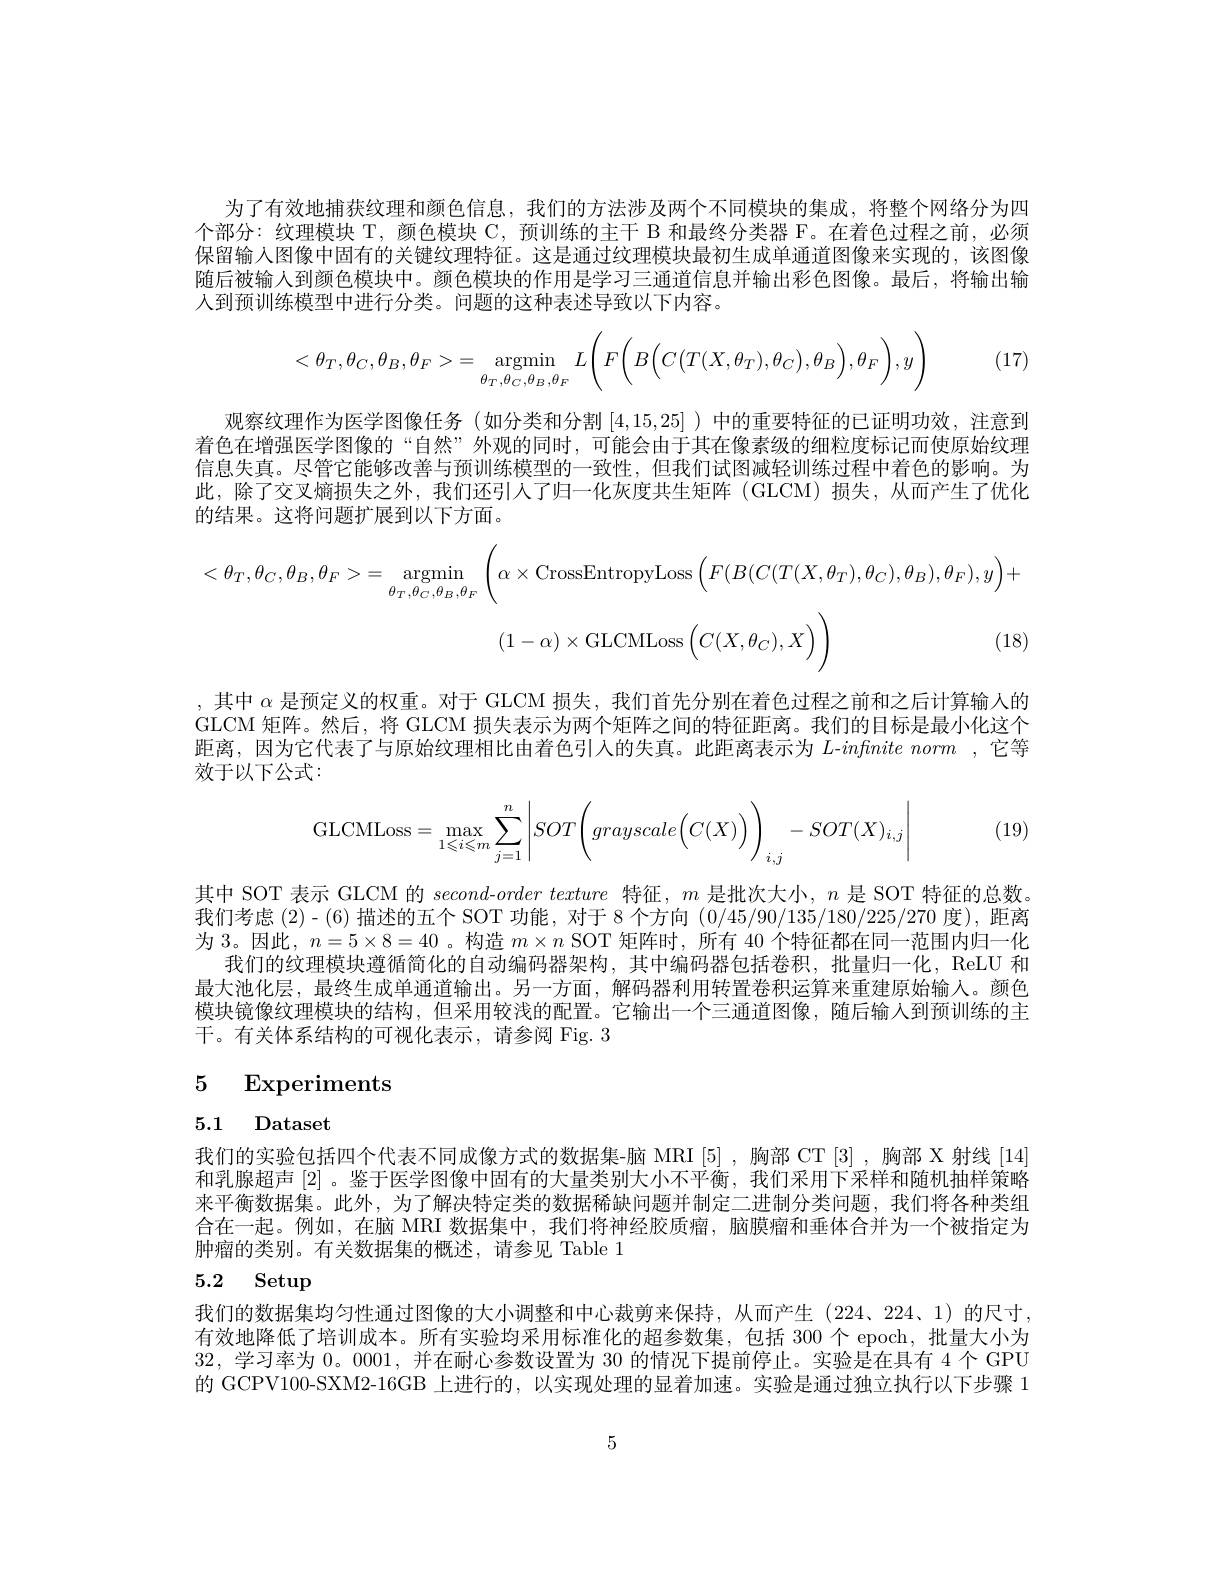
为了有效地捕获纹理和颜色信息，我们的方法涉及两个不同模块的集成，将整个网络分为四个部分：纹理模块 T, 颜色模块 C, 预训练的主干 B 和最终分类器 F。在着色过程之前，必须保留输人图像中固有的关键纹理特征。这是通过纹理模块最初生成单通道图像来实现的，该图像随后被输入到颜色模块中。颜色模块的作用是学习三通道信息并输出彩色图像。最后，将输出输人到预训练模型中进行分类。问题的这种表述导致以下内容。

(17)
$$<\theta_T,\theta_C,\theta_B,\theta_F>=\underset{\theta_T,\theta_C,\theta_B,\theta_F}{\text{argmin}}L\Bigg(F\Bigg(B\Big(C\big(T(X,\theta_T),\theta_C\big),\theta_B\Big),\theta_F\Bigg),y\Bigg)$$
观察纹理作为医学图像任务(如分类和分割[4,15,25] )中的重要特征的已证明功效，注意到着色在增强医学图像的“自然”外观的同时，可能会由于其在像素级的细粒度标记而使原始纹理信息失真。尽管它能够改善与预训练模型的一致性，但我们试图减轻训练过程中着色的影响。为此，除了交叉熵损失之外，我们还引人了归一化灰度共生矩阵 (GLCM) 损失，从而产生了优化的结果。这将问题扩展到以下方面。
$$<\theta_{T},\theta_{C},\theta_{B},\theta_{F}>=\underset{\theta_{T},\theta_{C},\theta_{B},\theta_{F}}{\operatorname*{argmin}}_{\theta_{T},\theta_{C},\theta_{B},\theta_{F}}\left(\alpha\times\mathrm{CrossEntropyLoss}\left(F(B(C(T(X,\theta_{T}),\theta_{C}),\theta_{B}),\theta_{F}),y\right)+\\(1-\alpha)\times\mathrm{GLCMLoss}\left(C(X,\theta_{C}),X\right)\right)(18)$$
,其中$\alpha$是预定义的权重。对于 GLCM 损失，我们首先分别在着色过程之前和之后计算输人的GLCM 矩阵。然后，将 GLCM 损失表示为两个矩阵之间的特征距离。我们的目标是最小化这个距离，因为它代表了与原始纹理相比由着色引入的失真。此距离表示为$L$-inftnite norm ,它等效于以下公式：

(19)
$$\text{GLCMLoss}=\max\limits_{1\leqslant i\leqslant m}\sum\limits_{j=1}^n\left|SOT\bigg(grayscale\bigg(C(X)\bigg)\bigg)_{i,j}-SOT(X)_{i,j}\bigg|\right.$$
其中 SOT 表示 GLCM 的second-$order\textit{ texture 特 征 , }m$是批次大小，$n$是 SOT 特征的总数。我们考虑 (2)-(6) 描述的五个 SOT 功能，对于 8 个方向(0/45/90/135/180/225/270度),距离为 3。因此，$n=5\times8=40$ 。构造$m\times n$ SOT 矩阵时，所有 40 个特征都在同一范围内归一化
我们的纹理模块遵循简化的自动编码器架构，其中编码器包括卷积，批量归一化，ReLU 和最大池化层，最终生成单通道输出。另一方面，解码器利用转置卷积运算来重建原始输人。颜色模块镜像纹理模块的结构，但采用较浅的配置。它输出一个三通道图像，随后输入到预训练的主干。有关体系结构的可视化表示，请参阅 Fig. 3

# 5 Experiments

5.1 Dataset

我们的实验包括四个代表不同成像方式的数据集-脑 MRI [5] ,胸部 CT [3] ,胸部 X 射线 [14] 和乳腺超声[2] 。鉴于医学图像中固有的大量类别大小不平衡，我们采用下采样和随机抽样策略来平衡数据集。此外，为了解决特定类的数据稀缺问题并制定二进制分类问题，我们将各种类组合在一起。例如，在脑 MRI 数据集中，我们将神经胶质瘤，脑膜瘤和垂体合并为一个被指定为肿瘤的类别。有关数据集的概述，请参见 Table 1

5.2 Setup
我们的数据集均匀性通过图像的大小调整和中心裁剪来保持，从而产生(224、224、1)的尺寸， 有效地降低了培训成本。所有实验均采用标准化的超参数集，包括 300 个 epoch,批量大小为32,学习率为0。0001,并在耐心参数设置为 30 的情况下提前停止。实验是在具有 4个 GPU 的 GCPV100-SXM2-16GB 上进行的，以实现处理的显着加速。实验是通过独立执行以下步骤 1

5